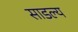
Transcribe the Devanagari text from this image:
साडल्य